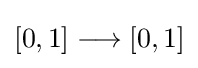
[0,1]\longrightarrow [0,1]